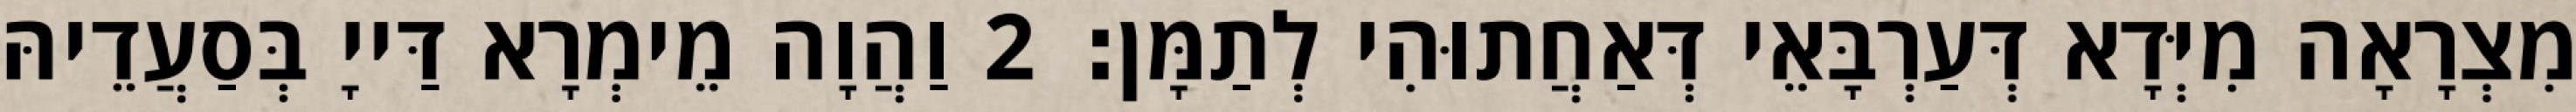
מִצְרָאָה מִיְּדָא דְּעַרְבָּאֵי דְּאַחֲתוּהִי לְתַמָּן׃ 2 וַהֲוָה מֵימְרָא דַּייָ בְּסַעֲדֵיהּ